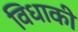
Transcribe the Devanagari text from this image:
विधाकी